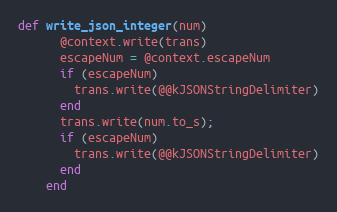
Language: Ruby
def write_json_integer(num)
      @context.write(trans)
      escapeNum = @context.escapeNum
      if (escapeNum)
        trans.write(@@kJSONStringDelimiter)
      end
      trans.write(num.to_s);
      if (escapeNum)
        trans.write(@@kJSONStringDelimiter)
      end
    end